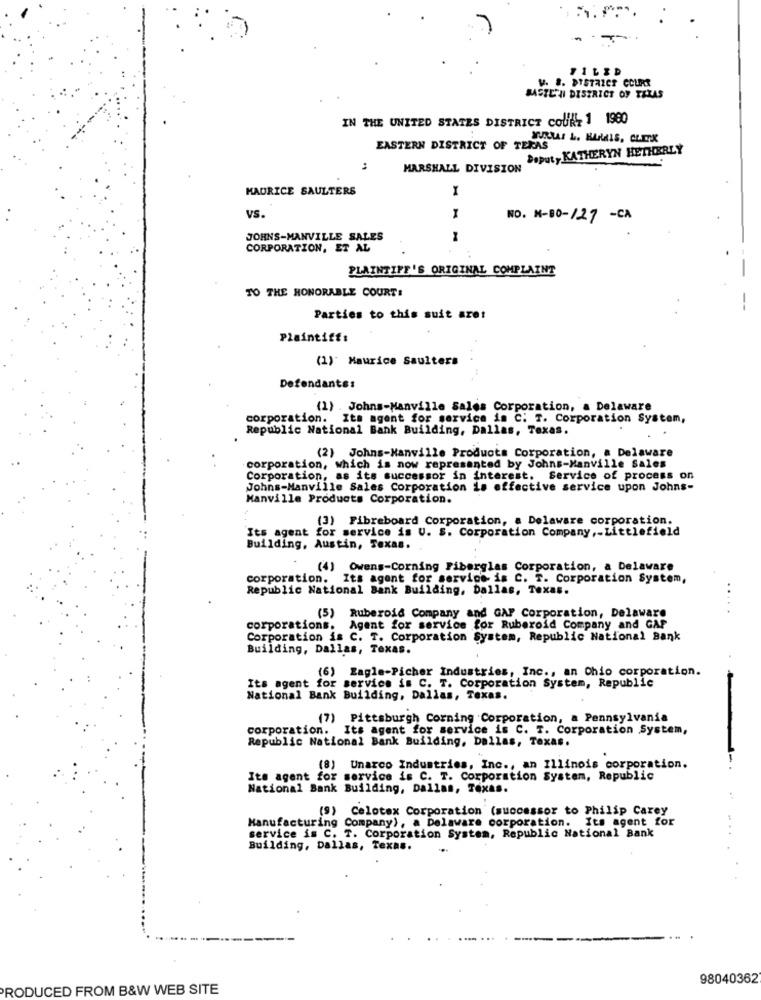
FILED
V. S. DISTRICT COURT
BASTETNI DISTRICT OF TEXAS
IN THE UNITED STATES DISTRICT COURT 1 1980
EASTERN DISTRICT OF TERAS
MARSHALL DIVISION Deputy KATHERYN HETHERLY
MAURICE SAULTERS
VS.
NO. M-00-127 -CA
JOHNS-MANVILLE SALES
CORPORATION, ET AL
PLAINTIFF'S ORIGINAL COMPLAINT
TO THE HONORABLE COURT:
Parties to this suit aret
Plaintiff:
(1)" Maurice Saulters
Defendantss
(1) . Johns-Manville Sales Corporation, a Delaware
corporation. Its agent for service is C: T. Corporation System,
Republic National Bank Building, Dallas, Texas.
(2) Johns-Manville Products Corporation, a Delaware
corporation, which is now represented by Johns-Manville Sales
Corporation, as its successor in interest. Service of process on
Johns-Manville Sales Corporation is effective service upon Johns-
Manville Products Corporation.
(3) Fibreboard Corporation, a Delaware corporation.
Its agent for service is U. S. Corporation Company ,- Littlefield
Building, Austin, Texas.
(4) Owens-Corning Fiberglas Corporation, a Delaware
corporation. Its agent for service is C. T. Corporation System,
Republic National Bank Building, Dallas, Texas.
(5) Ruberoid Company and GAP Corporation, Delaware
corporations. Agent for service for Ruberoid Company and GAP
Corporation is C. T. Corporation System, Republic National Bank
Building, Dallas, Texas.
(6) Eagle-Picher Industries, Inc ., an Chio corporation.
Its agent for service is C. T. Corporation System, Republic
National Bank Building, Dallas, Texas.
(7) Pittsburgh Corning Corporation, a Pennsylvania
corporation. Its agent for service is C. T. Corporation System,
Republic National Bank Building, Dallas, Texas.
(8) Unarco Industries, Inc ., an Illinois corporation.
Its agent for service is C. T. Corporation System, Republic
National Bank Building, Dallas, Texas.
(s) Celotex Corporation (successor to Philip Carey
Manufacturing Company), a Delaware corporation. Its agent for
service is C. T. Corporation System, Republic National Bank
Building, Dallas, Texas.
.....
98040362
PRODUCED FROM B&W WEB SITE